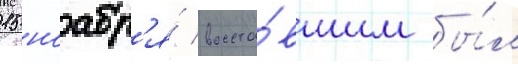
15 ноабр'я́ восста́вшим бы́л